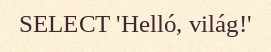
SELECT 'Helló, világ!'